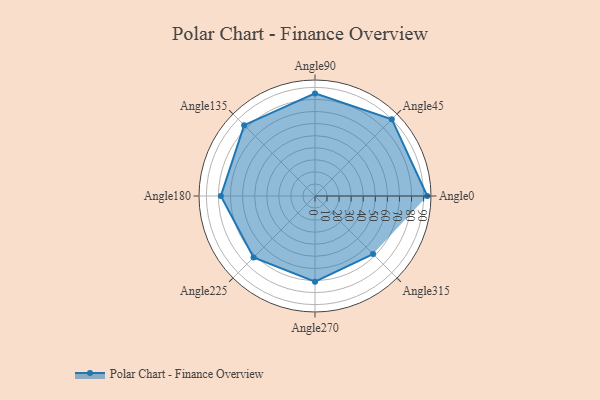
{"axis": {"x": "Angle", "y": "Radius"}, "legend": [""], "data": [{"x": "Angle0", "y": 93.0, "type": ""}, {"x": "Angle45", "y": 90.0, "type": ""}, {"x": "Angle90", "y": 85.0, "type": ""}, {"x": "Angle135", "y": 83.0, "type": ""}, {"x": "Angle180", "y": 78.0, "type": ""}, {"x": "Angle225", "y": 72.0, "type": ""}, {"x": "Angle270", "y": 71.0, "type": ""}, {"x": "Angle315", "y": 68.0, "type": ""}]}